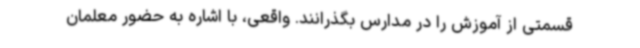
قسمتی از آموزش را در مدارس بگذرانند. واقعی، با اشاره به حضور معلمان